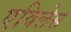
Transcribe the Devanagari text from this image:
एविलेस